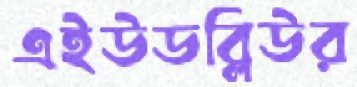
এইউডব্লিউর